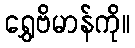
ရွှေဗိမာန်ကို။